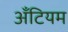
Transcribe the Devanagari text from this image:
अँटियम